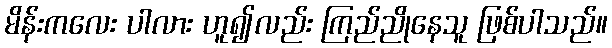
မိန်းကလေး ပါလား ဟူ၍လည်း ကြည်ညိုနေသူ ဖြစ်ပါသည်။